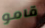
قامو